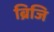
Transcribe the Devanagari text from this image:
ब्रिजि